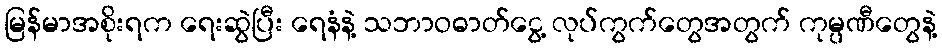
မြန်မာအစိုးရက ရေးဆွဲပြီး ရေနံနဲ့ သဘာဝဓာတ်ငွေ့ လုပ်ကွက်တွေအတွက် ကုမ္ပဏီတွေနဲ့